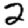
Digit: 2